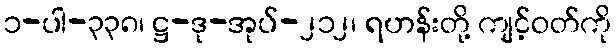
၁-ပါ-၃၃၈၊ ဋ္ဌ-ဒု-အုပ်-၂၁၂၊ ရဟန်းတို့ ကျင့်ဝတ်ကို